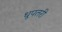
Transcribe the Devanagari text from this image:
धूपतरी